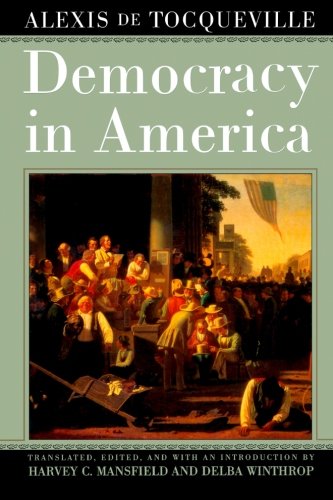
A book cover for Democracy in America; Alexis de Tocqueville; Politics & Social Sciences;